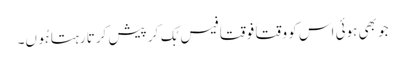
جو بھی ہوئی اس کو وقتاََ فوقتاََ فیس بُک کر پیش کرتا رہتا ہُوں۔